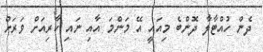
ދެން ހުއްޓާލާ ދޮންބެ މިއައީ އޭ މަންމަ އާއި ނައި ކާރިއަށް ވަރަށް